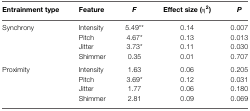
<table><thead><tr><td><b>Entrainment type</b></td><td><b>Feature</b></td><td><b><i>F</i></b></td><td><b>Effect size (η<sup>2</sup>)</b></td><td><b><i>P</i></b></td></tr></thead><tbody><tr><td>Synchrony</td><td>Intensity</td><td>5.49**</td><td>0.14</td><td>0.007</td></tr><tr><td></td><td>Pitch</td><td>4.67*</td><td>0.13</td><td>0.013</td></tr><tr><td></td><td>Jitter</td><td>3.73*</td><td>0.11</td><td>0.030</td></tr><tr><td></td><td>Shimmer</td><td>0.35</td><td>0.01</td><td>0.707</td></tr><tr><td>Proximity</td><td>Intensity</td><td>1.63</td><td>0.06</td><td>0.205</td></tr><tr><td></td><td>Pitch</td><td>3.69*</td><td>0.12</td><td>0.031</td></tr><tr><td></td><td>Jitter</td><td>1.77</td><td>0.06</td><td>0.180</td></tr><tr><td></td><td>Shimmer</td><td>2.81</td><td>0.09</td><td>0.069</td></tr></tbody></table>